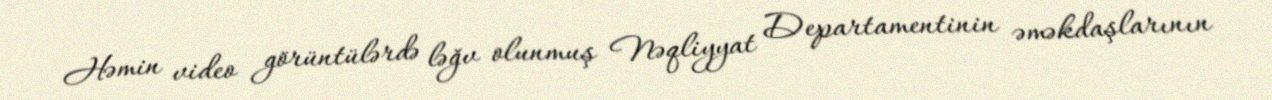
Həmin video görüntülərdə ləğv olunmuş Nəqliyyat Departamentinin əməkdaşlarının